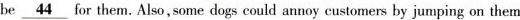
be\underline{44}for them. Also,some dogs could annoy customers by jumping on them